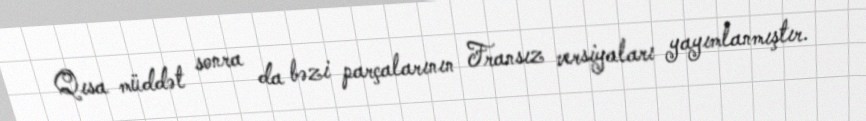
Qısa müddət sonra da bəzi parçalarının Fransız versiyaları yayımlanmıştır.